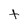
Character: t